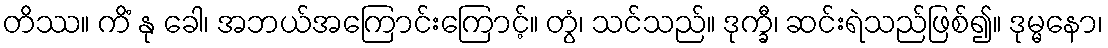
တိဿ။ ကိံ နု ခေါ၊ အဘယ်အကြောင်းကြောင့်။ တွံ၊ သင်သည်။ ဒုက္ခီ၊ ဆင်းရဲသည်ဖြစ်၍။ ဒုမ္မနော၊